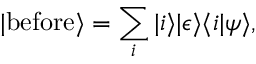
| { \mathrm { b e f o r e } } \rangle = \sum _ { i } | i \rangle | \epsilon \rangle \langle i | \psi \rangle ,